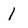
Character: 1